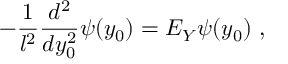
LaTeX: - \frac { 1 } { l ^ { 2 } } \frac { d ^ { 2 } } { d y _ { 0 } ^ { 2 } } \psi ( y _ { 0 } ) = E _ { Y } \psi ( y _ { 0 } ) \ ,